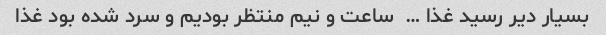
بسیار دیر رسید غذا …  ساعت و نیم منتظر بودیم و سرد شده بود غذا